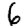
Digit: 6